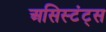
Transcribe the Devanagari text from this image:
असिस्टंट्स